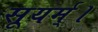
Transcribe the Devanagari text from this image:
सूयर्म्।